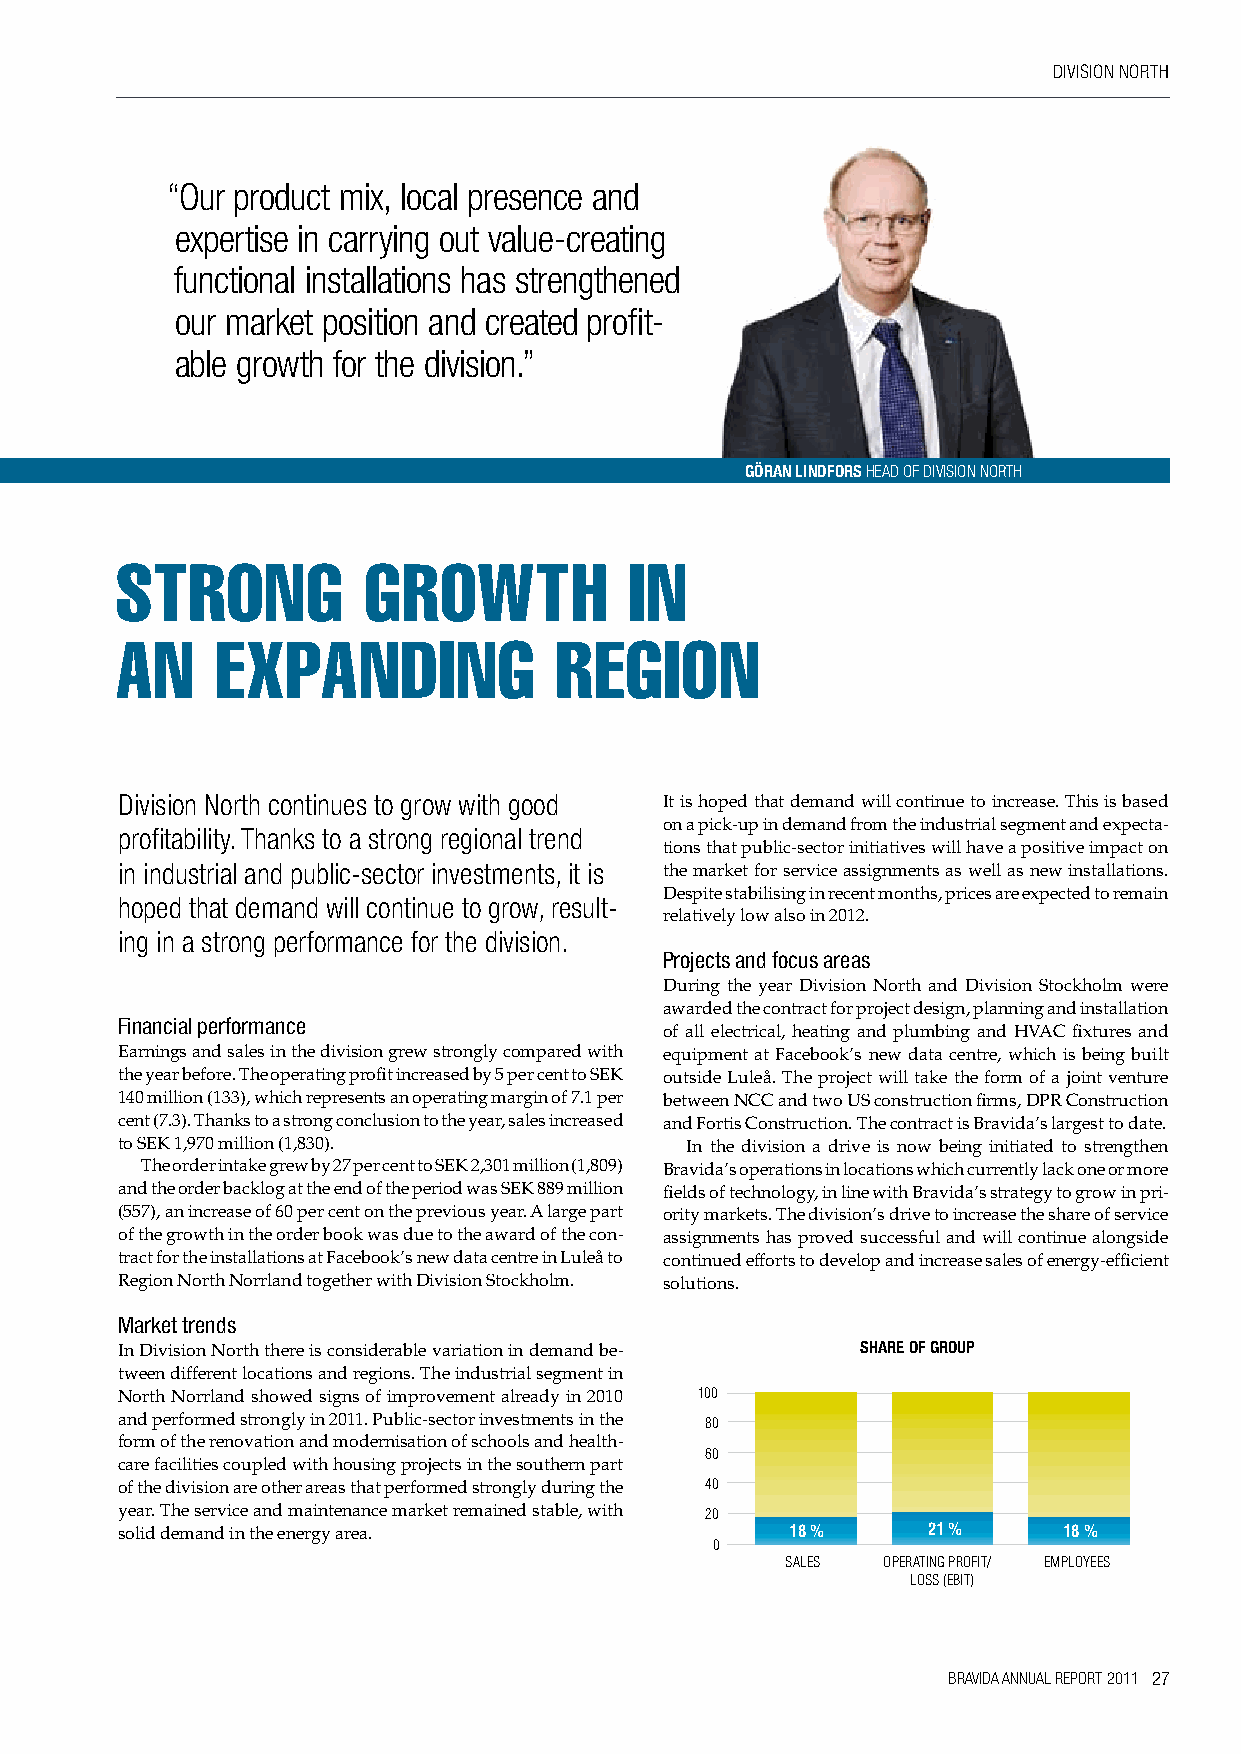
DIvISION NORTh
 “Our product mix, local presence and
 expertise in carrying out value-creating
 functional installations has strengthened
 our market position and created profit-
 able growth for the division.”
 göRAn LInDfoRs hEAD OF DIvISION NORTh
 strong          growtH            in
 an    expanding              region
 Division North continues to grow with good It is hoped that demand will continue to increase. This is based
 on a pick-up in demand from the industrial segment and expecta-
 profitability. Thanks to a strong regional trend
 tions that public-sector initiatives will have a positive impact on
 in industrial and public-sector investments, it is the market for service assignments as well as new installations.
 Despite stabilising in recent months, prices are expected to remain
 hoped that demand will continue to grow, result-
 relatively low also in 2012.
 ing in a strong performance for the division.
 Projects and focus areas
 During the year Division North and Division Stockholm were
 awarded the contract for project design, planning and installation
 Financial performance
 of all electrical, heating and plumbing and HVAC fixtures and
 Earnings and sales in the division grew strongly compared with equipment at Facebook’s new data centre, which is being built
 the year before. The operating profit increased by 5 per cent to SEK outside Luleå. The project will take the form of a joint venture
 140 million (133), which represents an operating margin of 7.1 per between NCC and two US construction firms, DPR Construction
 cent (7.3). Thanks to a strong conclusion to the year, sales increased and Fortis Construction. The contract is Bravida’s largest to date.
 to SEK 1,970 million (1,830).        In the division a drive is now being initiated to strengthen
 The order intake grew by 27 per cent to SEK 2,301 million (1,809) Bravida’s operations in locations which currently lack one or more
 and the order backlog at the end of the period was SEK 889 million fields of technology, in line with Bravida’s strategy to grow in pri-
 (557), an increase of 60 per cent on the previous year. A large part ority markets. The division’s drive to increase the share of service
 of the growth in the order book was due to the award of the con- assignments has proved successful and will continue alongside
 tract for the installations at Facebook’s new data centre in Luleå to continued efforts to develop and increase sales of energy-efficient
 Region North Norrland together with Division Stockholm. solutions.
 Market trends
 In Division North there is considerable variation in demand be- shARe of gRoup
 tween different locations and regions. The industrial segment in
 North Norrland showed signs of improvement already in 2010 100
 and performed strongly in 2011. Public-sector investments in the 80
 form of the renovation and modernisation of schools and health-
 60
 care facilities coupled with housing projects in the southern part
 of the division are other areas that performed strongly during the 40
 year. The service and maintenance market remained stable, with 20
 solid demand in the energy area.            18 %     21 %     18 %
 0
 SALES OPERATING PROFIT/ EMPLOYEES
 LOSS (EBIT)
 BRAVIDA ANNUAL REPORT 2011 27